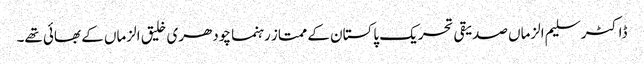
ڈاکٹر سلیم الزماں صدیقی تحریک پاکستان کے ممتاز رہنما چودھری خلیق الزماں کے بھائی تھے۔